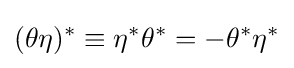
(\theta \eta )^{*}\equiv \eta ^{*}\theta ^{*}=-\theta ^{*}\eta ^{*}